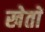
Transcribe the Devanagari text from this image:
खेताें